Insane asylums in Bengal annual reports 1876-1887 - 1876-1887
Year: 1876
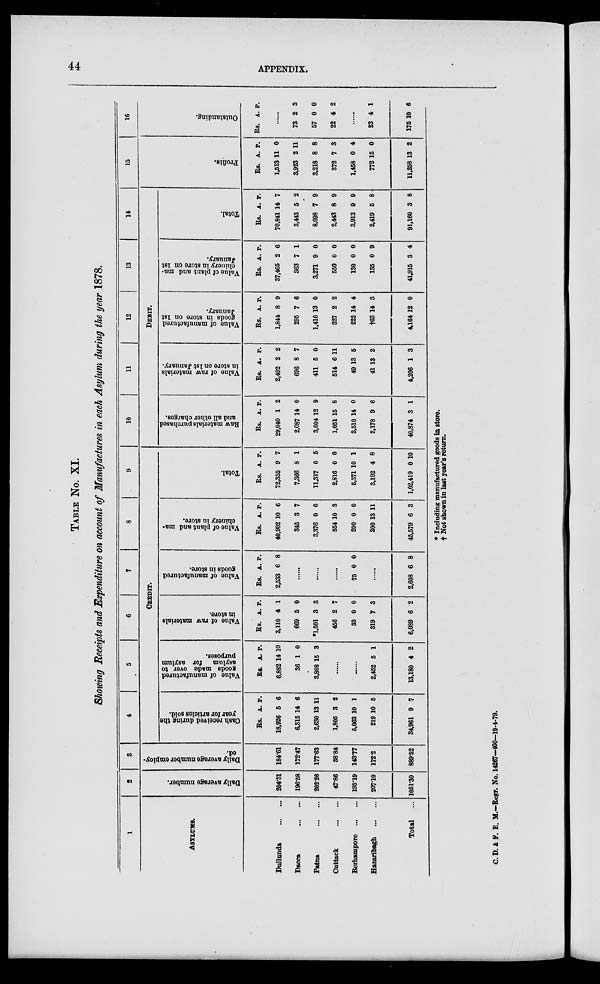
44
APPENDIX.
TABLE NO. XI.
Showing Receipts and Expenditure on account of Manufactures in each Asylum during the year 1878.
1
ASYLUMS.
Dullunda ... ...
Dacca ... ...
Patna ... ...
Cuttack ... ...
Berhampore ... ...
Hazaribagh ... ...
Total ...
2
Daily average number.
204.31
196.58
202.26
47.86
193.19
207.10
1051.30
3
Daily average number employ-
ed.
184.61
172.47
177.63
38.84
143.77
172.2
889.52
4
5
6
7
8
9
CREDIT.
Cash received during the
year for articles sold.
Rs.
18,926
6,315
2,630
1,805
5,063
219
34,961
A.
5
14
13
3
10
10
9
P.
6
6
11
2
1
5
7
Value of manufactured
goods made over to
asylum for asylum
purposes.
Rs.
6,882
36
3,808
A.
14
1
15
P.
10
0
3
......
......
2,452
13,180
5
4
1
2
Value of raw materials
in store.
Rs.
3,110
669
*1,501
456
33
319
6,089
A.
4
5
3
2
0
7
6
P.
1
0
3
7
0
3
2
Value of manufactured
goods in store.
Rs.
2,533
A.
6
P.
8
......
......
......
75 0 0
......
2,608 6 8
Value of plant and ma-
chinery in store.
Rs.
40,902
345
3,376
554
200
200
45,579
A.
10
3
0
10
0
13
6
P.
6
7
0
3
0
11
3
Total.
Rs.
72,355
7,366
11,317
2,816
5,371
3,192
1,02,419
A.
9
8
0
0
10
4
0
P.
7
1
5
0
1
8
10
10
11
12
13
14
15
16
DEBIT.
Raw materials purchased
and all other charges.
Rs.
29,040
2,087
3,004
1,051
3,510
2,178
40,874
A.
1
14
12
15
14
9
3
P.
2
0
9
8
0
6
1
Value of raw materials
in store on 1st January.
Rs.
2,492
696
411
514
49
41
4,206
A.
2
8
5
6
13
13
1
P.
2
7
0
11
5
2
3
Val ue of manufactured
g
oods in s t or e on 1st
J anuar y.
Rs.
1,844
295
1,410
327
222
†63
4,164
A.
8
7
13
2
14
14
12
P.
9
6
0
2
4
3
0
Value of plant and ma-
chinery in store on 1st
January.
Rs.
37,465
363
3,271
550
130
135
41,915
A.
2
7
9
0
0
0
3
P.
6
1
0
0
0
9
4
Total.
Rs.
70,841
3,443
8,098
2,443
3,913
2,419
91,160
A.
14
5
7
8
9
5
3
P.
7
2
9
9
9
8
8
Profits.
Rs.
1,513
3,923
3,218
372
1,458
772
11,258
A.
11
2
8
7
0
15
13
P.
0
11
8
3
4
0
2
Outstanding.
Rs. A. P.
......
73
57
22
2
0
4
3
0
2
......
23
175
4
10
1
6
* Including manufactured goods in store,
† Not shown in last year's return.
C. D. & F. E. M.-Regr. No. 14267-400-19-4-79.